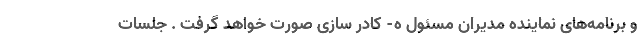
و برنامه‌های نماینده مدیران مسئول ه- کادر سازی صورت خواهد گرفت . جلسات